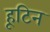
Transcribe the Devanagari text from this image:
हूटिन